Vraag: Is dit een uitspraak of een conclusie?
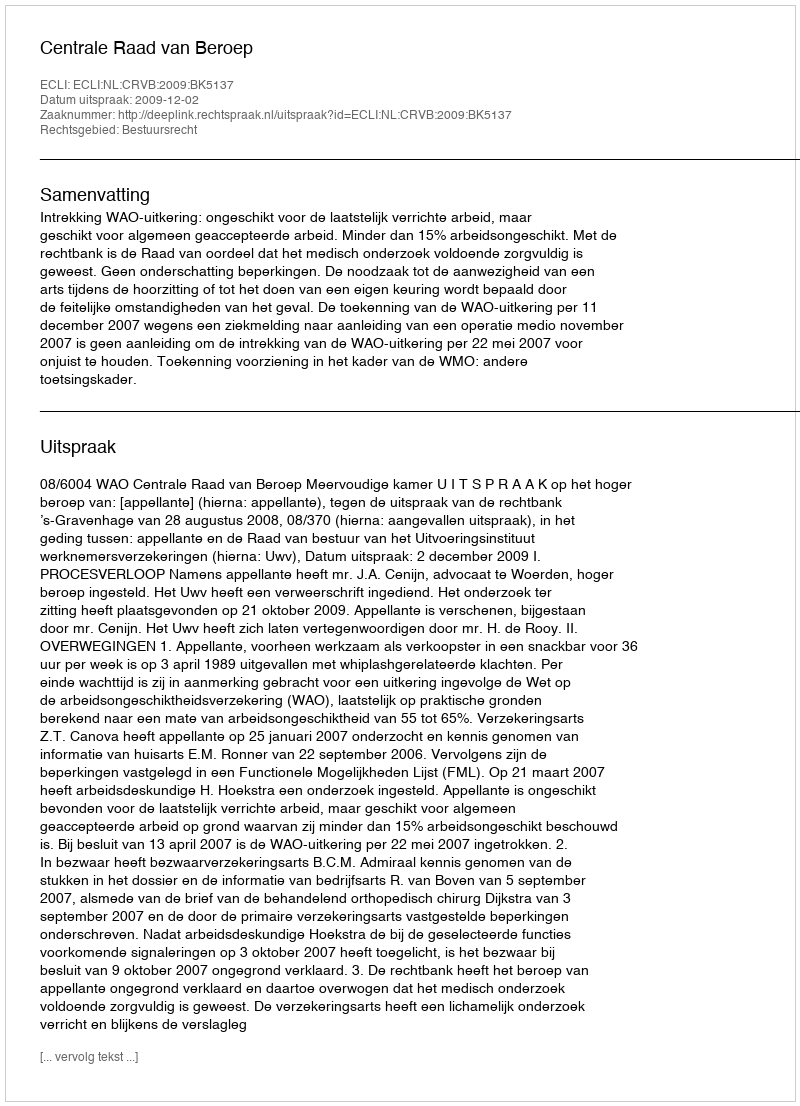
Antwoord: Uitspraak